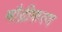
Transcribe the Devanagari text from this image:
मौद्रीकरण